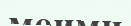
моими